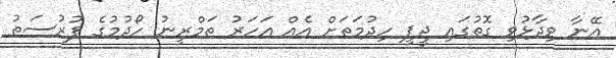
އޭނާ ވިދާޅުވި ގޮތުގައި ޖީޕީ ހިދުމަތަށް އެއް އަހަރު ތަމްރީނު ހޯދުމުގެ ފުރުސަތު